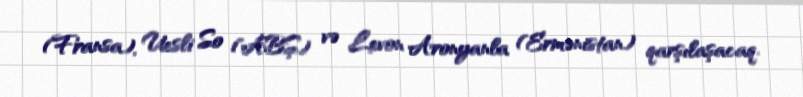
(Fransa), Uesli So (ABŞ) və Levon Aronyanla (Ermənistan) qarşılaşacaq.